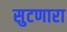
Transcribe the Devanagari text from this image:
सुटणारा